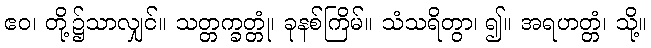
ဧဝ၊ တို့၌သာလျှင်။ သတ္တက္ခတ္တုံ၊ ခုနစ်ကြိမ်။ သံသရိတွာ၊ ၍။ အရဟတ္တံ၊ သို့။